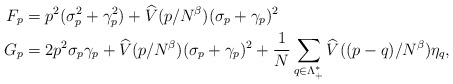
\begin{align*} F_p=\;&p^2(\sigma_p^2+\gamma_p^2)+\widehat V(p/N^\beta)(\sigma_p+\gamma_p)^2\\G_p=\;&2p^2 \sigma_p\gamma_p+\widehat V(p/N^\beta)(\sigma_p+\gamma_p)^2+\frac{1}{N}\sum_{q\in \Lambda_+^*}\widehat V((p-q)/N^\beta)\eta_q,\end{align*}